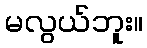
မလွယ်ဘူး။